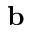
\textbf { b }